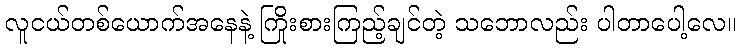
လူငယ်တစ်ယောက်အနေနဲ့ ကြိုးစားကြည့်ချင်တဲ့ သဘောလည်း ပါတာပေါ့လေ။